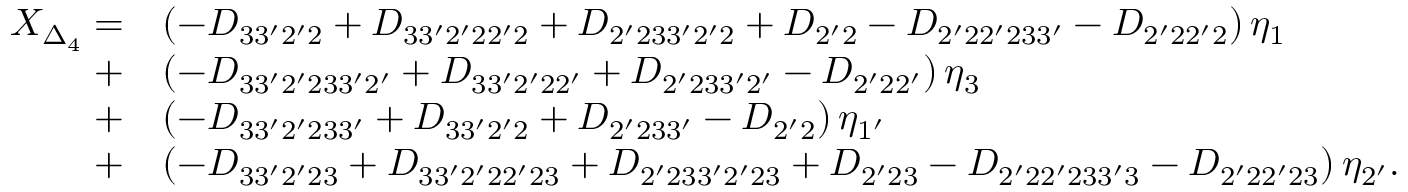
\begin{array} { r l } { X _ { \Delta _ { 4 } } = } & { \left( { - { D _ { 3 3 ^ { \prime } 2 ^ { \prime } 2 } } + { D _ { 3 3 ^ { \prime } 2 ^ { \prime } 2 2 ^ { \prime } 2 } } + { D _ { 2 ^ { \prime } 2 3 3 ^ { \prime } 2 ^ { \prime } 2 } } + { D _ { 2 ^ { \prime } 2 } } - { D _ { 2 ^ { \prime } 2 2 ^ { \prime } 2 3 3 ^ { \prime } } } - { D _ { 2 ^ { \prime } 2 2 ^ { \prime } 2 } } } \right) { \eta _ { \mathrm { { 1 } } } } } \\ { + } & { \left( { - { D _ { 3 3 ^ { \prime } 2 ^ { \prime } 2 3 3 ^ { \prime } 2 ^ { \prime } } } + { D _ { 3 3 ^ { \prime } 2 ^ { \prime } 2 2 ^ { \prime } } } + { D _ { 2 ^ { \prime } 2 3 3 ^ { \prime } 2 ^ { \prime } } } - { D _ { 2 ^ { \prime } 2 2 ^ { \prime } } } } \right) { \eta _ { \mathrm { 3 } } } } \\ { + } & { \left( { - { D _ { 3 3 ^ { \prime } 2 ^ { \prime } 2 3 3 ^ { \prime } } } + { D _ { 3 3 ^ { \prime } 2 ^ { \prime } 2 } } + { D _ { 2 ^ { \prime } 2 3 3 ^ { \prime } } } - { D _ { 2 ^ { \prime } 2 } } } \right) { \eta _ { \mathrm { { 1 ^ { \prime } } } } } } \\ { + } & { \left( { - { D _ { 3 3 ^ { \prime } 2 ^ { \prime } 2 3 } } + { D _ { 3 3 ^ { \prime } 2 ^ { \prime } 2 2 ^ { \prime } 2 3 } } + { D _ { 2 ^ { \prime } 2 3 3 ^ { \prime } 2 ^ { \prime } 2 3 } } + { D _ { 2 ^ { \prime } 2 3 } } - { D _ { 2 ^ { \prime } 2 2 ^ { \prime } 2 3 3 ^ { \prime } 3 } } - { D _ { 2 ^ { \prime } 2 2 ^ { \prime } 2 3 } } } \right) { \eta _ { { \mathrm { 2 ^ { \prime } } } } } . } \end{array}